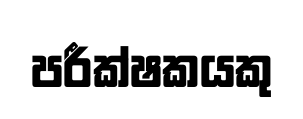
පරීක්ෂකයකු